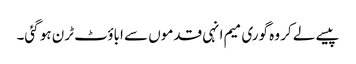
پیسے لے کر وہ گوری میم انہی قدموں سے اباؤٹ ٹرن ہو گئی۔